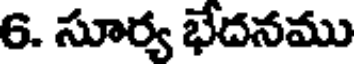
6. సూర్య భేదనము